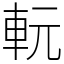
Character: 䡇